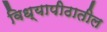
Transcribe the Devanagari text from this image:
विध्यापीठातील